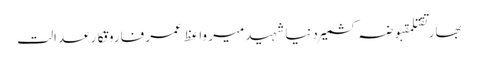
بھارتقتلمقبوضہ کشمیردنیاشہیدمیر واعظ عمر فاروقکارعدالت